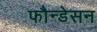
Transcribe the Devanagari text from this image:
फौन्डेसन